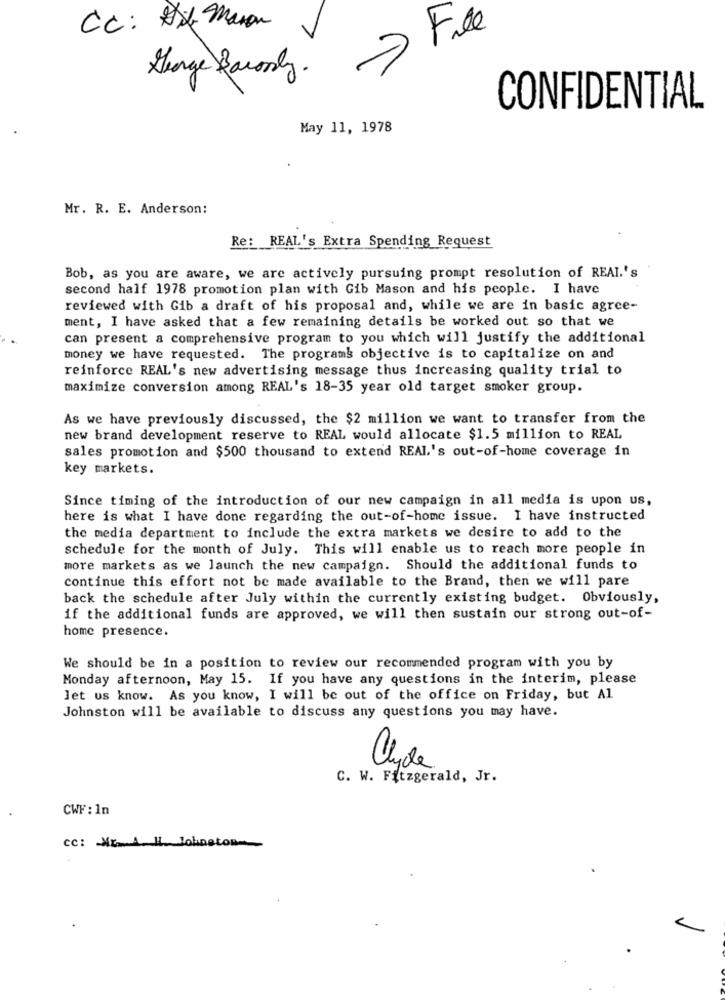
CC: DX Mason
File
7
George Baronly.
CONFIDENTIAL
May 11, 1978
.
Mr. R. E. Anderson:
Re: REAL's Extra Spending Request
Bob, as you are aware, we are actively pursuing prompt resolution of REAL.'s
second half 1978 promotion plan with Gib Mason and his people. I have
reviewed with Gib a draft of his proposal and, while we are in basic agree-
ment, I have asked that a few remaining details be worked out so that we
can present a comprehensive program to you which will justify the additional
money we have requested. The programs objective is to capitalize on and
reinforce REAL's new advertising message thus increasing quality trial to
maximize conversion among REAL's 18-35 year old target smoker group.
As we have previously discussed, the $2 million we want to transfer from the
new brand development reserve to REAL would allocate $1.5 million to REAL
sales promotion and $500 thousand to extend REAL's out-of-home coverage in
key markets.
Since timing of the introduction of our new campaign in all media is upon us,
here is what I have done regarding the out-of-home issue. I have instructed
the media department to include the extra markets we desire to add to the
schedule for the month of July. This will enable us to reach more people in
more markets as we launch the new campaign. Should the additional funds to
continue this effort not be made available to the Brand, then we will pare
back the schedule after July within the currently existing budget. Obviously,
if the additional funds are approved, we will then sustain our strong out-of-
home presence.
We should be in a position to review our recommended program with you by
Monday afternoon, May 15. If you have any questions in the interim, please
let us know. As you know, I will be out of the office on Friday, but Al
Johnston will be available to discuss any questions you may have.
C. W. Fitzgerald, Jr.
CWF : 1n
cc: MGA H Johnston